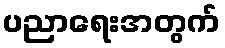
ပညာရေးအတွက်